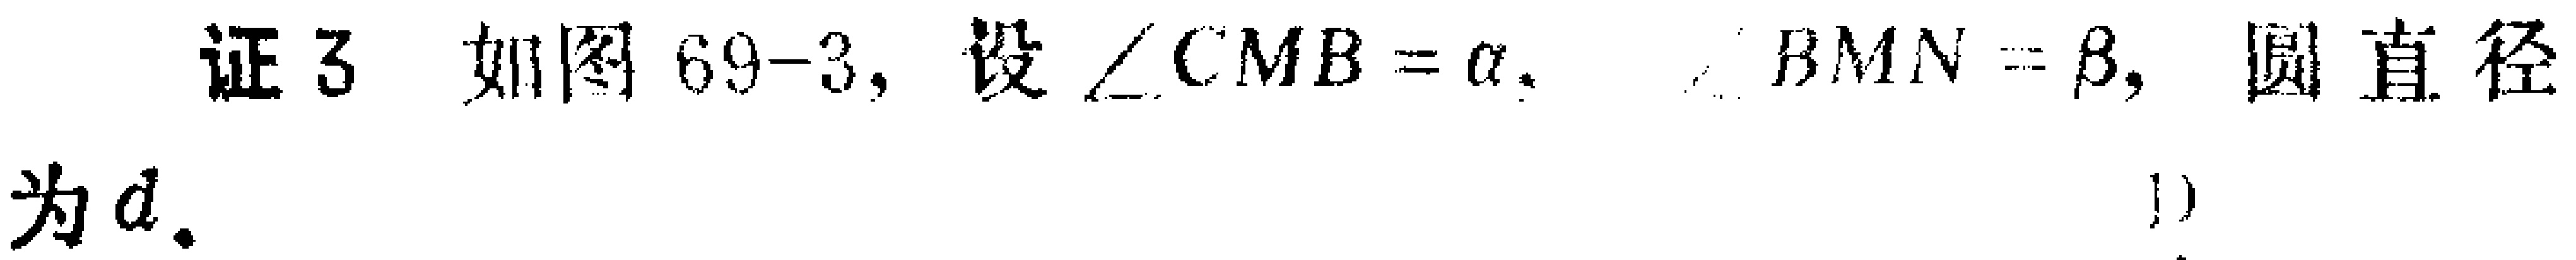
证3 如图69-3, 设$\angle CMB = \alpha$, $\angle BMN=\beta$, 圆直径为$d$. 1)